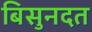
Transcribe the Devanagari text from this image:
बिसुनदत